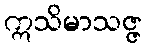
ဣသိမာသဇ္ဇ